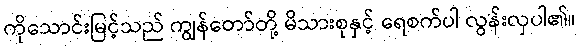
ကိုသောင်းမြင့်သည် ကျွန်တော်တို့ မိသားစုနှင့် ရေစက်ပါ လွန်းလှပါ၏။